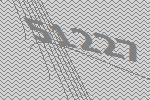
51227